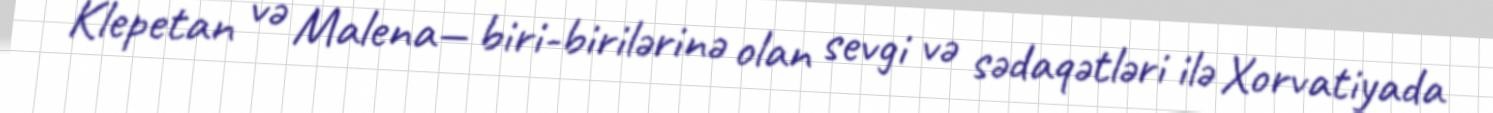
Klepetan və Malena— biri-birilərinə olan sevgi və sədaqətləri ilə Xorvatiyada